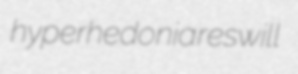
hyperhedonia reswill